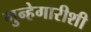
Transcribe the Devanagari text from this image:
गुन्हेगारीशी